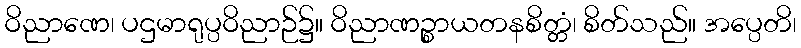
ဝိညာဏေ၊ ပဌမာရုပ္ပဝိညာဉ်၌။ ဝိညာဏဉ္စာယတနစိတ္တံ၊ စိတ်သည်။ အပ္ပေတိ၊